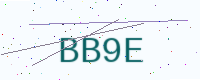
Text: BB9E